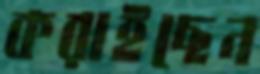
করাইছেন